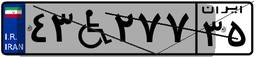
۴۳W۲۷۷۳۵